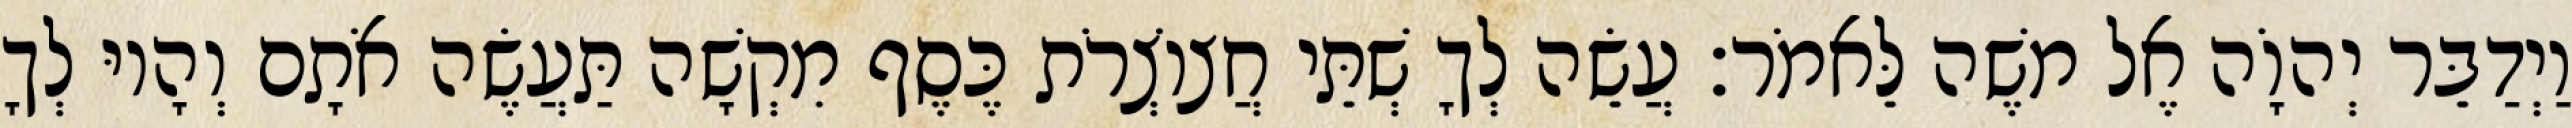
וַיְדַבֵּר יְהוָֹה אֶל משֶׁה לֵּאמֹר׃ עֲשֵׂה לְךָ שְׁתֵּי חֲצוֹצְרֹת כֶּסֶף מִקְשָׁה תַּעֲשֶׂה אֹתָם וְהָיוּ לְךָ